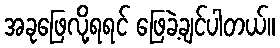
အခုဖြေလို့ရရင် ဖြေခဲ့ချင်ပါတယ်။